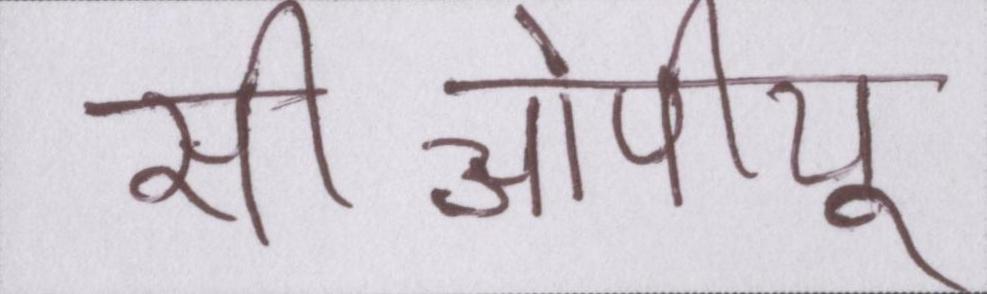
सीओपीयू